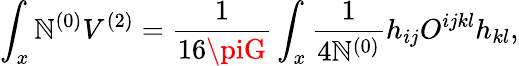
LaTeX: \int_{x}\mathbb{N}^{(0)}V^{(2)}={\frac{{1}}{{16\piG}}}\int_{x}{\frac{{1}}{{4\mathbb{N}^{(0)}}}}h_{ij}O^{ijkl}h_{kl},